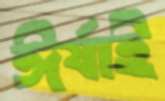
ঈর্ষাই